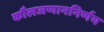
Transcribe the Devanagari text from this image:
कौलजणाननिर्णय